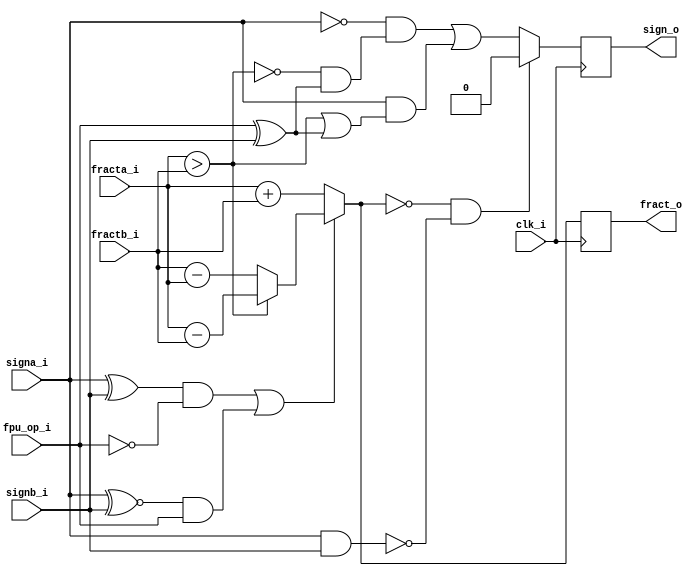
module or1200_fpu_addsub(
		 clk_i,
		 fpu_op_i,
		 fracta_i,
		 fractb_i,
		 signa_i,
		 signb_i,
		 fract_o,
		 sign_o);

   
   parameter FP_WIDTH = 32;
   parameter MUL_SERIAL = 0; // 0 for parallel multiplier, 1 for serial
   parameter MUL_COUNT = 11; //11 for parallel multiplier, 34 for serial
   parameter FRAC_WIDTH = 23;
   parameter EXP_WIDTH = 8;
   parameter ZERO_VECTOR = 31'd0;
   parameter INF = 31'b1111111100000000000000000000000;
   parameter QNAN = 31'b1111111110000000000000000000000;
   parameter SNAN = 31'b1111111100000000000000000000001;
		 
   input clk_i;
   input fpu_op_i;   
   input [FRAC_WIDTH+4:0] fracta_i;
   input [FRAC_WIDTH+4:0] fractb_i;
   input 		  signa_i;
   input 		  signb_i;
   output reg [FRAC_WIDTH+4:0] fract_o;
   output reg 		       sign_o;
   
   wire [FRAC_WIDTH+4:0]       s_fracta_i;
   wire [FRAC_WIDTH+4:0]       s_fractb_i;
   wire [FRAC_WIDTH+4:0]       s_fract_o;
   wire 		       s_signa_i, s_signb_i, s_sign_o;   
   wire 		       s_fpu_op_i;
   
   wire 		       fracta_gt_fractb;
   wire 		       s_addop;
   
   assign s_fracta_i = fracta_i;
   assign s_fractb_i = fractb_i;
   assign s_signa_i  = signa_i;
   assign s_signb_i  = signb_i;
   assign s_fpu_op_i = fpu_op_i;
   
   always @(posedge clk_i) 
     begin
	fract_o <= s_fract_o;
	sign_o <= s_sign_o;	
     end
   
   assign fracta_gt_fractb = s_fracta_i > s_fractb_i;
   
   // check if its a subtraction or an addition operation
   assign s_addop = ((s_signa_i ^ s_signb_i) & !s_fpu_op_i) |
		    ((s_signa_i ^~ s_signb_i) & s_fpu_op_i);
   
   // sign of result
   assign s_sign_o = ((s_fract_o == 28'd0) & !(s_signa_i & s_signb_i)) ? 0 :
		     (!s_signa_i & (!fracta_gt_fractb & (fpu_op_i^s_signb_i)))|
		     (s_signa_i & (fracta_gt_fractb | (fpu_op_i^s_signb_i)));
   
   // add/substract
   assign s_fract_o = s_addop ?
		      (fracta_gt_fractb ? s_fracta_i - s_fractb_i :
		       s_fractb_i - s_fracta_i) :
		      s_fracta_i + s_fractb_i;
   
		       
endmodule